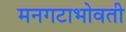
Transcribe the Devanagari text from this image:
मनगटाभोवती